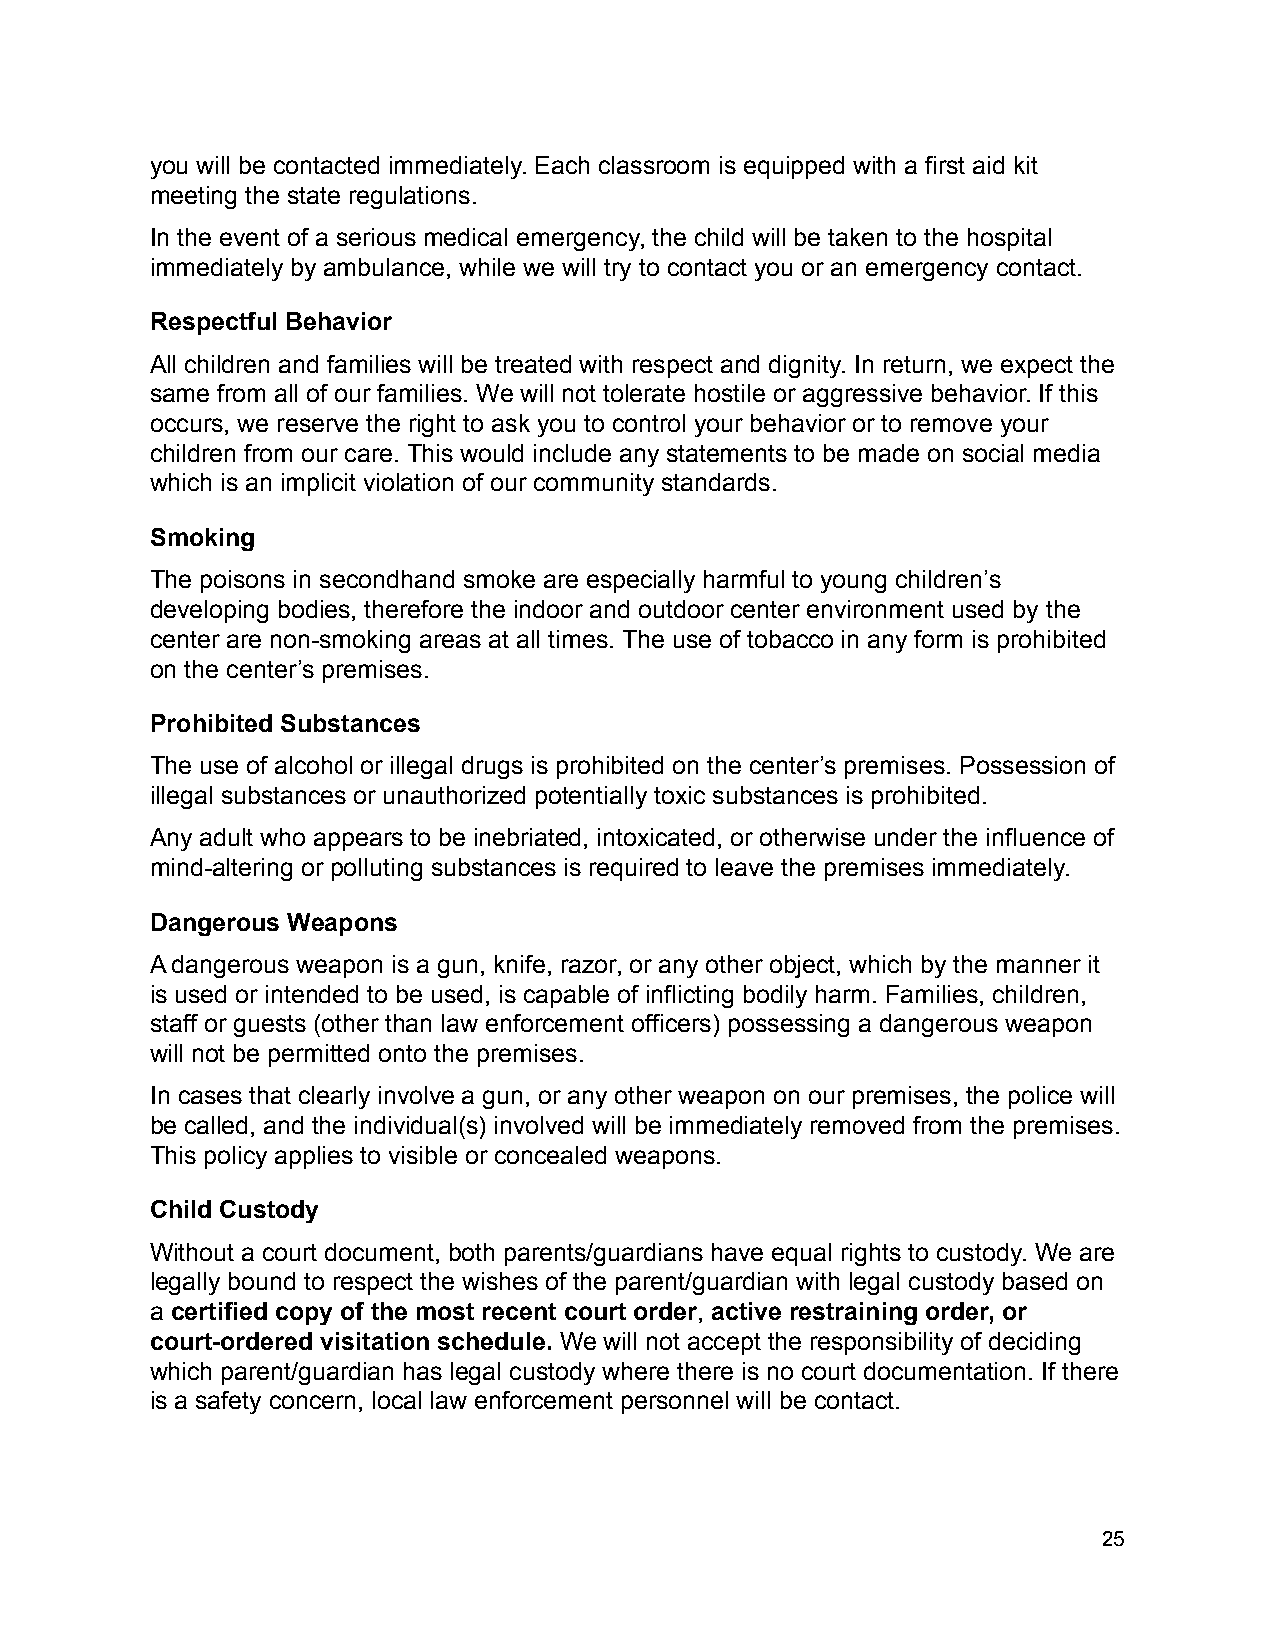
you will be contacted immediately. Each classroom is equipped with a first aid kit
 meeting the state regulations.
 In the event of a serious medical emergency, the child will be taken to the hospital
 immediately by ambulance, while we will try to contact you or an emergency contact.
 Respectful Behavior
 All children and families will be treated with respect and dignity. In return, we expect the
 same from all of our families. We will not tolerate hostile or aggressive behavior. If this
 occurs, we reserve the right to ask you to control your behavior or to remove your
 children from our care. This would include any statements to be made on social media
 which is an implicit violation of our community standards.
 Smoking
 The poisons in secondhand smoke are especially harmful to young children’s
 developing bodies, therefore the indoor and outdoor center environment used by the
 center are non-smoking areas at all times. The use of tobacco in any form is prohibited
 on the center’s premises.
 Prohibited Substances
 The use of alcohol or illegal drugs is prohibited on the center’s premises. Possession of
 illegal substances or unauthorized potentially toxic substances is prohibited.
 Any adult who appears to be inebriated, intoxicated, or otherwise under the influence of
 mind-altering or polluting substances is required to leave the premises immediately.
 Dangerous Weapons
 A dangerous weapon is a gun, knife, razor, or any other object, which by the manner it
 is used or intended to be used, is capable of inflicting bodily harm. Families, children,
 staff or guests (other than law enforcement officers) possessing a dangerous weapon
 will not be permitted onto the premises.
 In cases that clearly involve a gun, or any other weapon on our premises, the police will
 be called, and the individual(s) involved will be immediately removed from the premises.
 This policy applies to visible or concealed weapons.
 Child Custody
 Without a court document, both parents/guardians have equal rights to custody. We are
 legally bound to respect the wishes of the parent/guardian with legal custody based on
 a certified copy of the most recent court order, active restraining order, or
 court-ordered visitation schedule. We will not accept the responsibility of deciding
 which parent/guardian has legal custody where there is no court documentation. If there
 is a safety concern, local law enforcement personnel will be contact.
 25